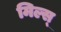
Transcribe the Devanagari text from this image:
मिल्स्